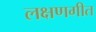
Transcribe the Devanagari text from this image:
लक्षणगीत